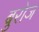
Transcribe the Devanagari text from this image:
बुरोज